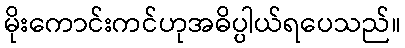
မိုးကောင်းကင်ဟုအဓိပ္ပါယ်ရပေသည်။